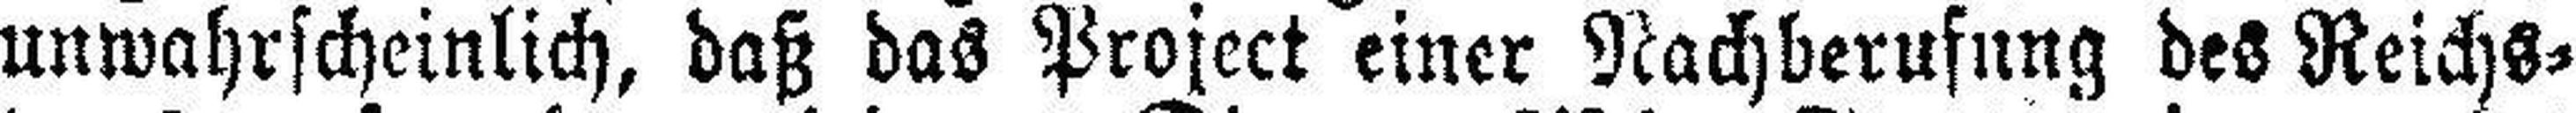
unwahrscheinlich, daß das Project einer Nachberufung des Reichs¬